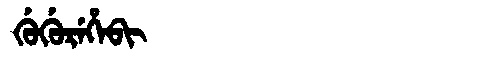
Manchu: ᡤᡠᡤᡠᡵᡝᡥᡝᠪᡳ
Romanization: GUGUREHEBI